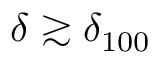
\delta \gtrsim \delta _ { 1 0 0 }